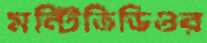
মন্টিভিডিওর